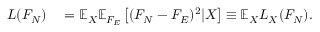
\begin{array} { r l } { L ( F _ { N } ) } & { { } = \mathbb { E } _ { X } \mathbb { E } _ { F _ { E } } \left[ ( F _ { N } - F _ { E } ) ^ { 2 } | X \right] \equiv \mathbb { E } _ { X } L _ { X } ( F _ { N } ) . } \end{array}